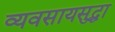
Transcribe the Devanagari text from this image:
व्यवसायसुद्धा